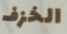
الخزف